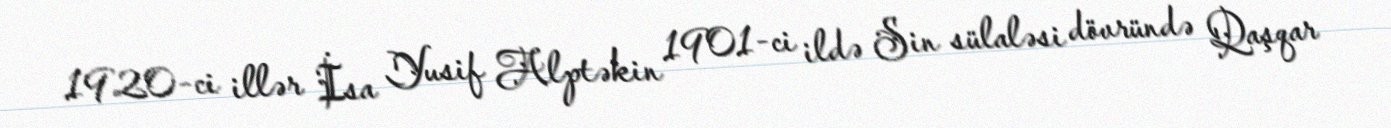
1920-ci illər İsa Yusif Alptəkin 1901-ci ildə Sin sülaləsi dövründə Qaşqar